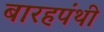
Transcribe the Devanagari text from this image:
बारहपंथी